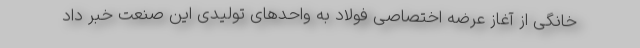
خانگی از آغاز عرضه اختصاصی فولاد به واحدهای تولیدی این صنعت خبر داد